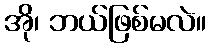
အို၊ ဘယ်ဖြစ်မလဲ။